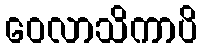
ဝေလာသိကာပိ